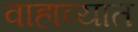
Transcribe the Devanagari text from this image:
वाहाव्यात